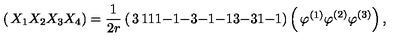
\left( \begin{matrix} { X _ { 1 } } \\ { X _ { 2 } } \\ { X _ { 3 } } \\ { X _ { 4 } } \\ \end{matrix} \right) = \frac { 1 } { 2 r } \left( \begin{matrix} { 3 } & { 1 } & { 1 } \\ { 1 } & { - 1 } & { - 3 } \\ { - 1 } & { - 1 } & { 3 } \\ { - 3 } & { 1 } & { - 1 } \\ \end{matrix} \right) \left( \begin{matrix} { \varphi ^ { ( 1 ) } } \\ { \varphi ^ { ( 2 ) } } \\ { \varphi ^ { ( 3 ) } } \\ \end{matrix} \right) ,